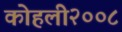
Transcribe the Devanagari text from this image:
कोहली२००८